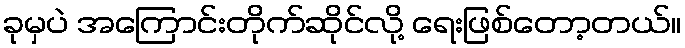
ခုမှပဲ အကြောင်းတိုက်ဆိုင်လို့ ရေးဖြစ်တော့တယ်။